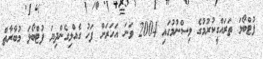
ފުޓްބޯޅަ ތަރައްގީކުރުމުގެ ވިސްނުމުގައި 2004 ވަނަ އަހަރަށް ފަހު ގެއްލިގެންދިޔަ ފުޓްބޯޅަ މުބާރާތް